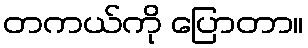
တကယ်ကို ပြောတာ။